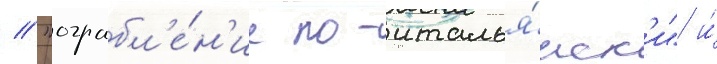
/ "ограбл'е́н'ие по-италья́нск'и" и́